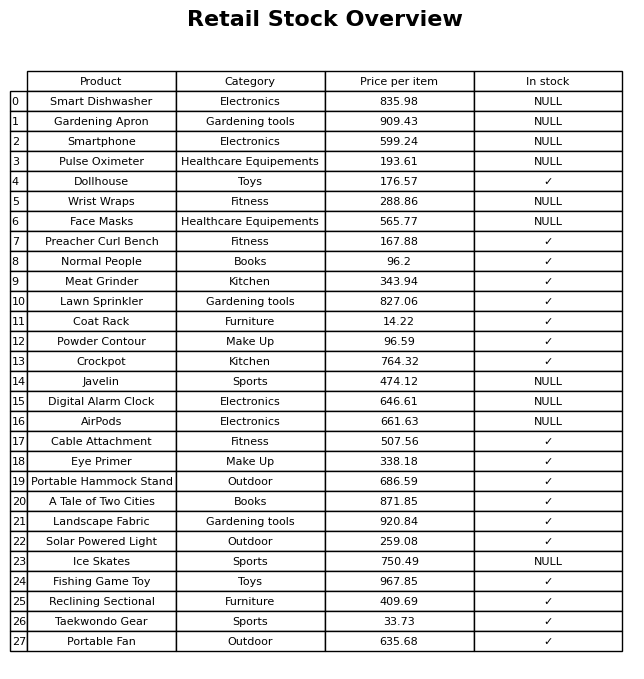
question: What is the price for Smart Dishwasher?
answer: The price of Smart Dishwasher is 835.98.